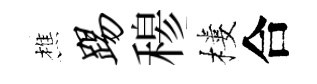
樵踢𥠇樓合